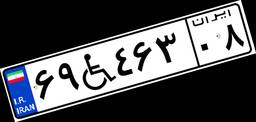
۶۹W۴۶۳۰۸